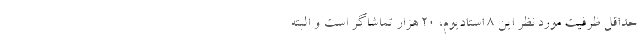
حداقل ظرفیت مورد نظر این ٨ استادیوم، 20 هزار تماشاگر است و البته